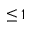
\leq 1